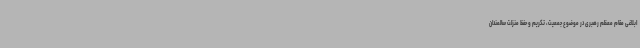
ابلاغی مقام معظم رهبری در موضوع جمعیت، تکریم و حفظ منزلت سالمندان